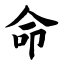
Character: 命